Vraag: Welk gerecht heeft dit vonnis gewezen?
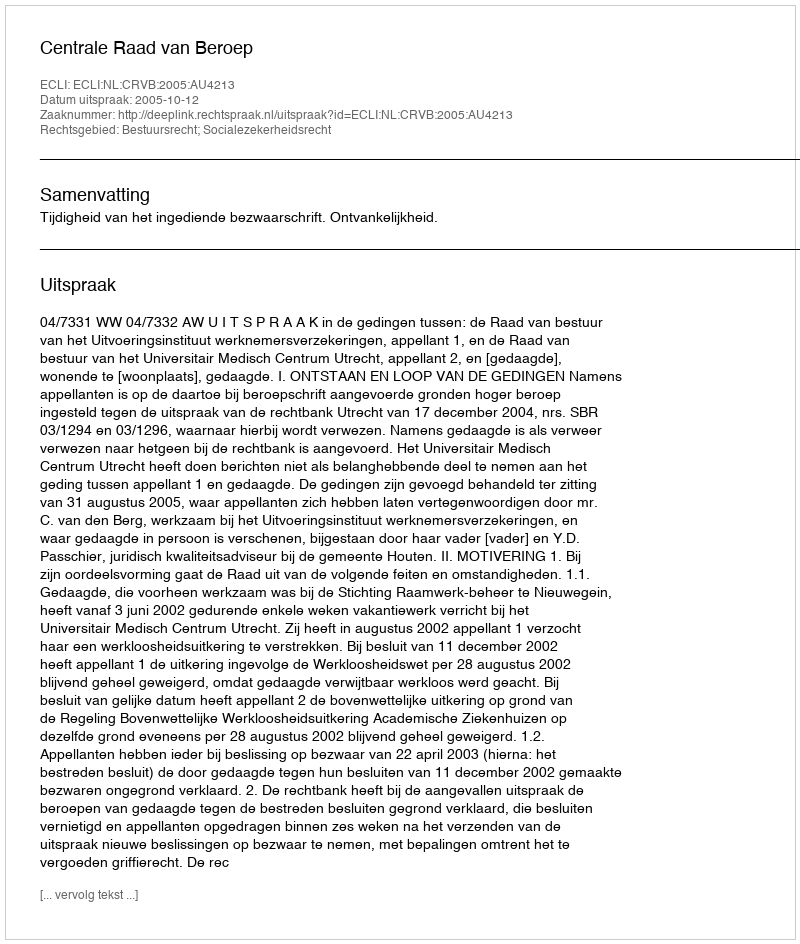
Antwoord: Centrale Raad van Beroep